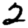
Digit: 2